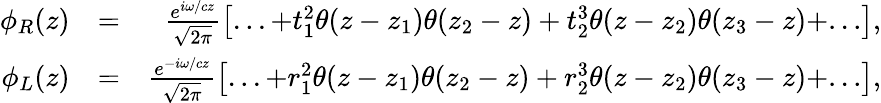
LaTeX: \begin{array}{rlr}{{\phi_{R}}(z)}&{=}&{\frac{{{e^{i{\omega/c}z}}}}{{\sqrt{2\pi}}}\left[{...+{t_{1}^{2}}\theta(z-{z_{1}})\theta({z_{2}}-z)+{t_{2}^{3}}\theta(z-{z_{2}})\theta({z_{3}}-z)+...}\right],}\\ {{\phi_{L}}(z)}&{=}&{\frac{{{e^{-i{\omega/c}z}}}}{{\sqrt{2\pi}}}\left[{...+{r_{1}^{2}}\theta(z-{z_{1}})\theta({z_{2}}-z)+{r_{2}^{3}}\theta(z-{z_{2}})\theta({z_{3}}-z)+...}\right],}\end{array}